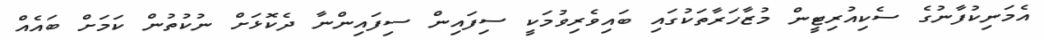
އެމަނިކުފާނުގެ ސެކިއުރިޓީން މުޒާހަރާތަކުގައި ބައިވެރިވުމަކީ ސިފައިން ސިފައިންނާ ދެކޮޅަށް ނުކުތުން ކަމަށް ބައެއް